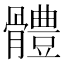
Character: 體